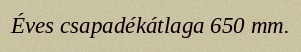
Éves csapadékátlaga 650 mm.